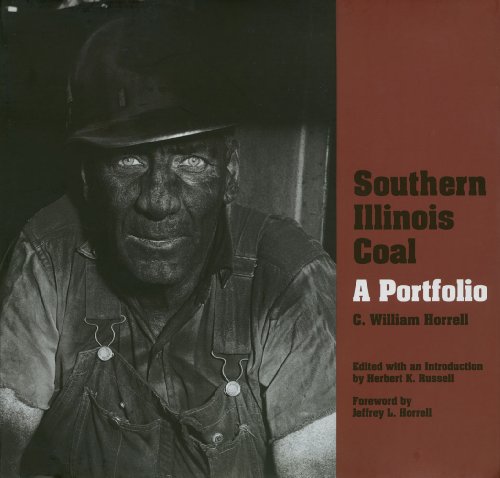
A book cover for Southern Illinois Coal: A Portfolio (Shawnee Books); Travel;